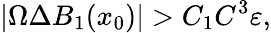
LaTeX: |\Omega\Delta B_{1}(x_{0})|>C_{1}C^{3}\varepsilon,